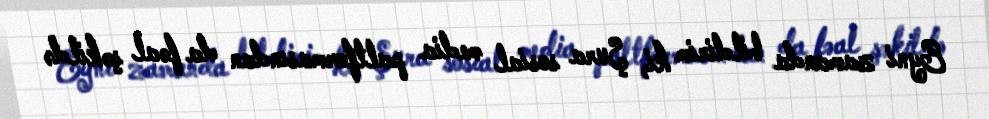
Eyni zamanda bildirim ki, Şura sosial media paltformasından da fəal şəkildə